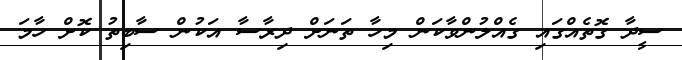
ސީދާ ގޮތެއްގައި ގެއްލުންވާކަން މިހާ ތަނަށް ދިރާސާ އަކުން ސާބިތު ކޮށް ހާމަ